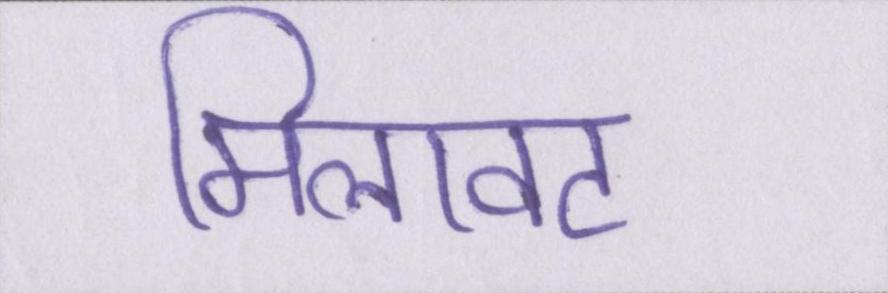
मिलावट